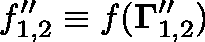
f _ { 1 , 2 } ^ { \prime \prime } \equiv f ( { \mathbf { \Gamma } } _ { 1 , 2 } ^ { \prime \prime } )